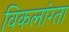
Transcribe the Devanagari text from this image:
विकलांग्‍ता